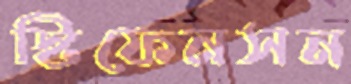
স্টিফেনসন